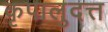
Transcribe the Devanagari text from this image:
कृपालुदत्त